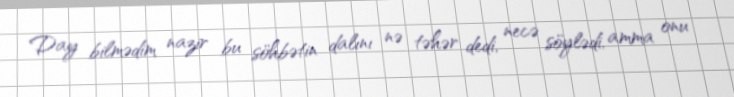
Day bilmədim nazir bu söhbətin dalını nə təhər dedi, necə söylədi, amma onu